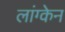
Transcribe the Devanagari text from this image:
लांग्केन